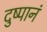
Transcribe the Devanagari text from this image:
दुष्पानं